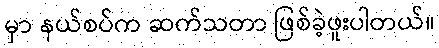
မှာ နယ်စပ်က ဆက်သတာ ဖြစ်ခဲ့ဖူးပါတယ်။